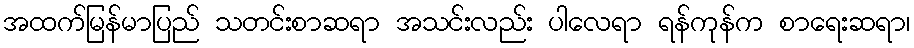
အထက်မြန်မာပြည် သတင်းစာဆရာ အသင်းလည်း ပါလေရာ ရန်ကုန်က စာရေးဆရာ၊